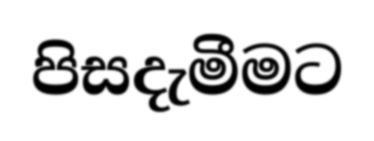
පිසදැමීමට